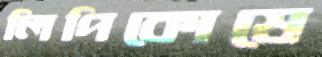
লিপিকোষে